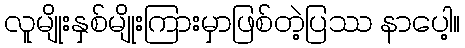
လူမျိုးနှစ်မျိုးကြားမှာဖြစ်တဲ့ပြဿ နာပေါ့။